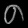
Digit: ၈